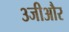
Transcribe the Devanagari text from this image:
३जीऔर